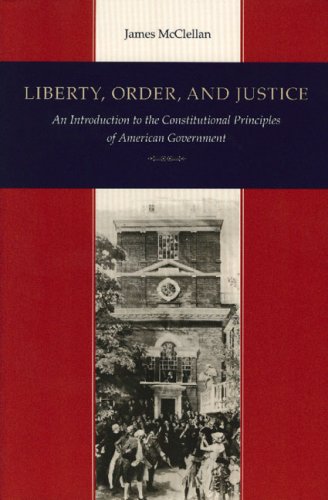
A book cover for Liberty, Order, and Justice: An Introduction to the Constitutional Principles of American Government; James McClellan; Law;